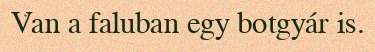
Van a faluban egy botgyár is.